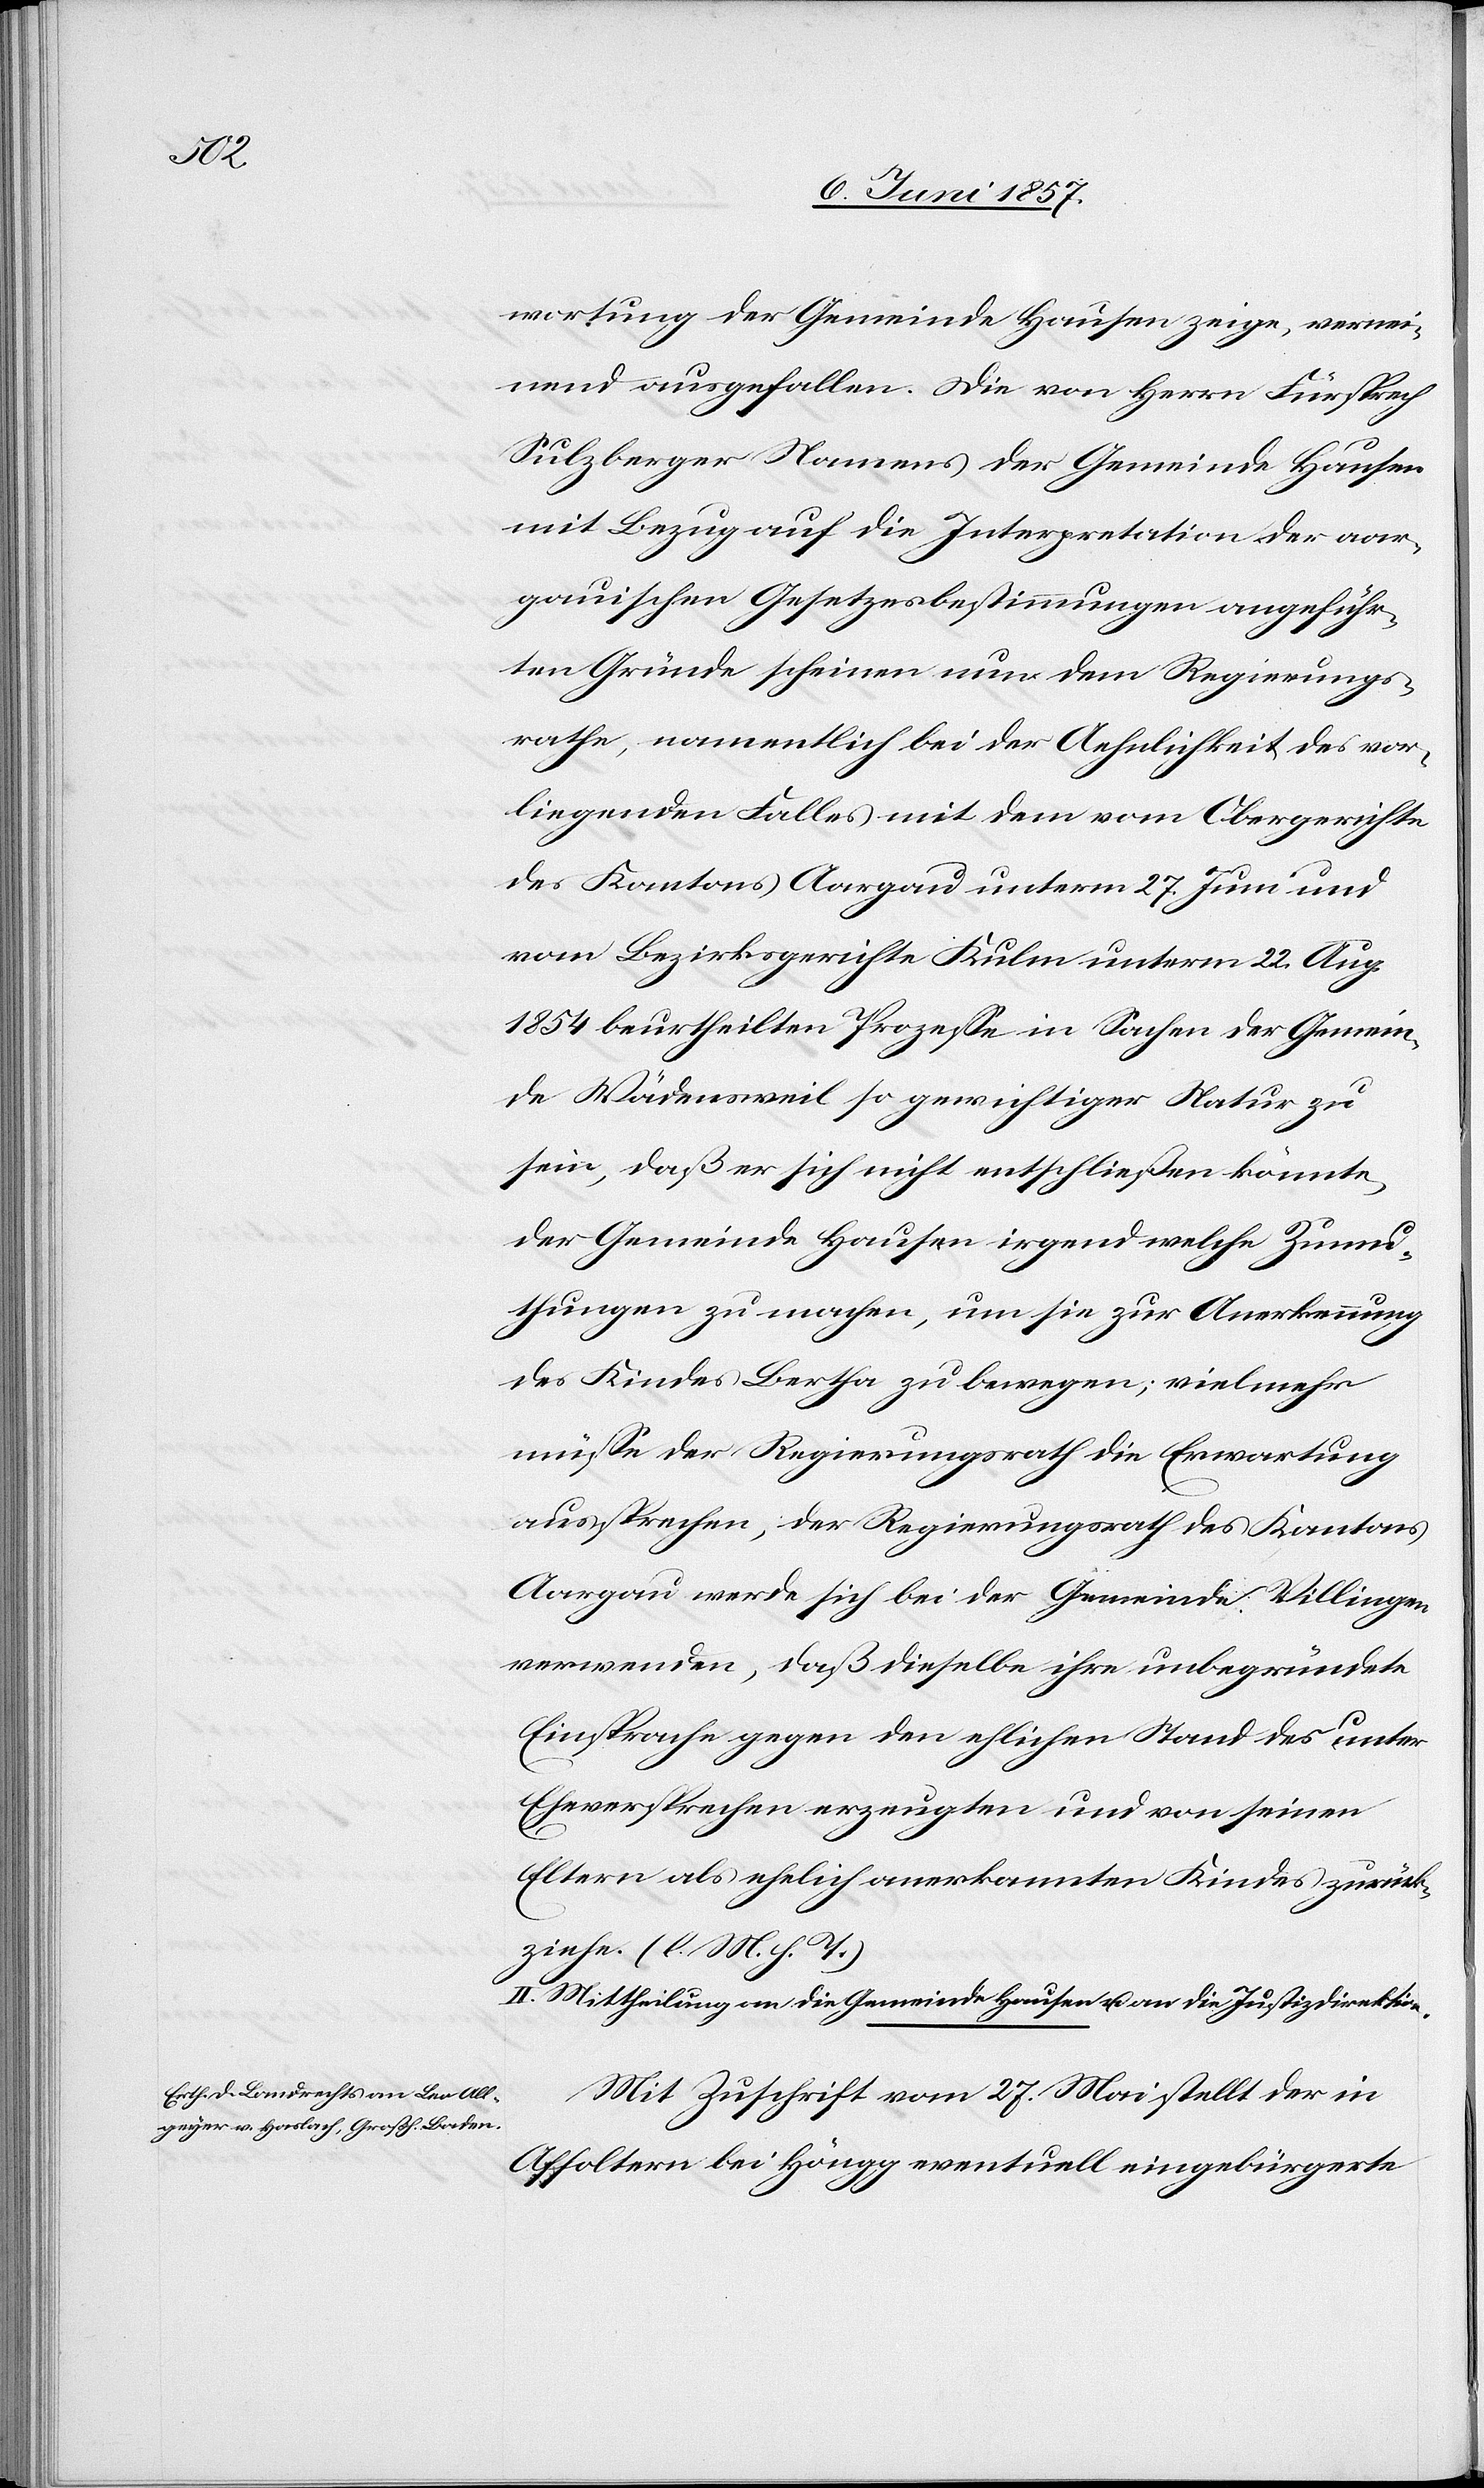
wortung der Gemeinde Hausen zeige, vernei¬
nend ausgefallen. Die von Herrn Fürsprech
Sulzberger Namens der Gemeinde Hausen
mit Bezug auf die Interpretation der aar¬
gauischen Gesetzesbestimmungen angeführ¬
ten Gründe scheinen nun dem Regierungs¬
rathe, namentlich bei der Aehnlichkeit des vor¬
liegenden Falles mit dem vom Obergerichte
des Kantons Aargau unterm 27 Juni und
vom Bezirksgerichte Kulm unterm 22 Aug.
1854 beurtheilten Prozesse in Sachen der Gemein¬
de Wädensweil so gewichtiger Natur zu
sein, daß er sich nicht entschließen könnte,
der Gemeinde Hausen irgend welche Zumu¬
thungen zu machen, um sie zur Anerkennung
des Kindes Bertha zu bewegen; vielmehr
müsse der Regierungsrath die Erwartung
aussprechen, der Regierungsrath des Kantons
Aargau werde sich bei der Gemeinde Villingen
verwenden, daß dieselbe ihre unbegründete
Einsprache gegen den ehlichen Stand des unter
Eheversprechen erzeugten und von seinen
Eltern als ehelich anerkannten Kindes zurück¬
ziehe. [l. M. h. T]
II. Mittheilung an die Gemeinde Hausen & an die Justizdirektion.
Mit Zuschrift vom 27 Mai stellt der in
Affoltern bei Höngg eventuell eingebürgerte